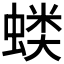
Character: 𰳍